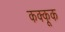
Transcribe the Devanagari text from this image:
कक्कूक